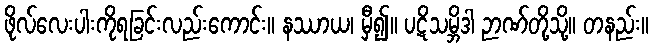
ဖိုလ်လေးပါးကိုရခြင်းလည်းကောင်း။ နဿာယ၊ မှီ၍။ ပဋိသမ္ဘိဒါ ဉာဏ်တို့သို့။ တနည်း။